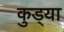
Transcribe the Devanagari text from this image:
कुड्या